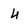
Character: 4